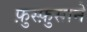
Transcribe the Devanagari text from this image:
फ़ुस्फ़ुसाने